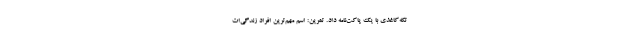
تکه‌کاغذی با یک پاکت‌نامه داد. تمرین: اسم مهم‌ترین افراد زندگی‌ات